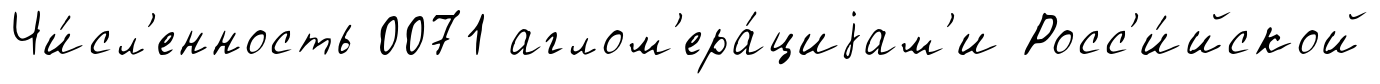
Чи́сл'енность 0071 аглом'ера́циjам'и Росс'и́йской